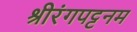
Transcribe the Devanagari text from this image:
श्रीरंगपट्टनम